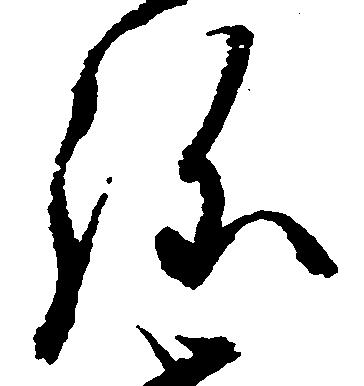
弥